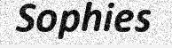
Sophies